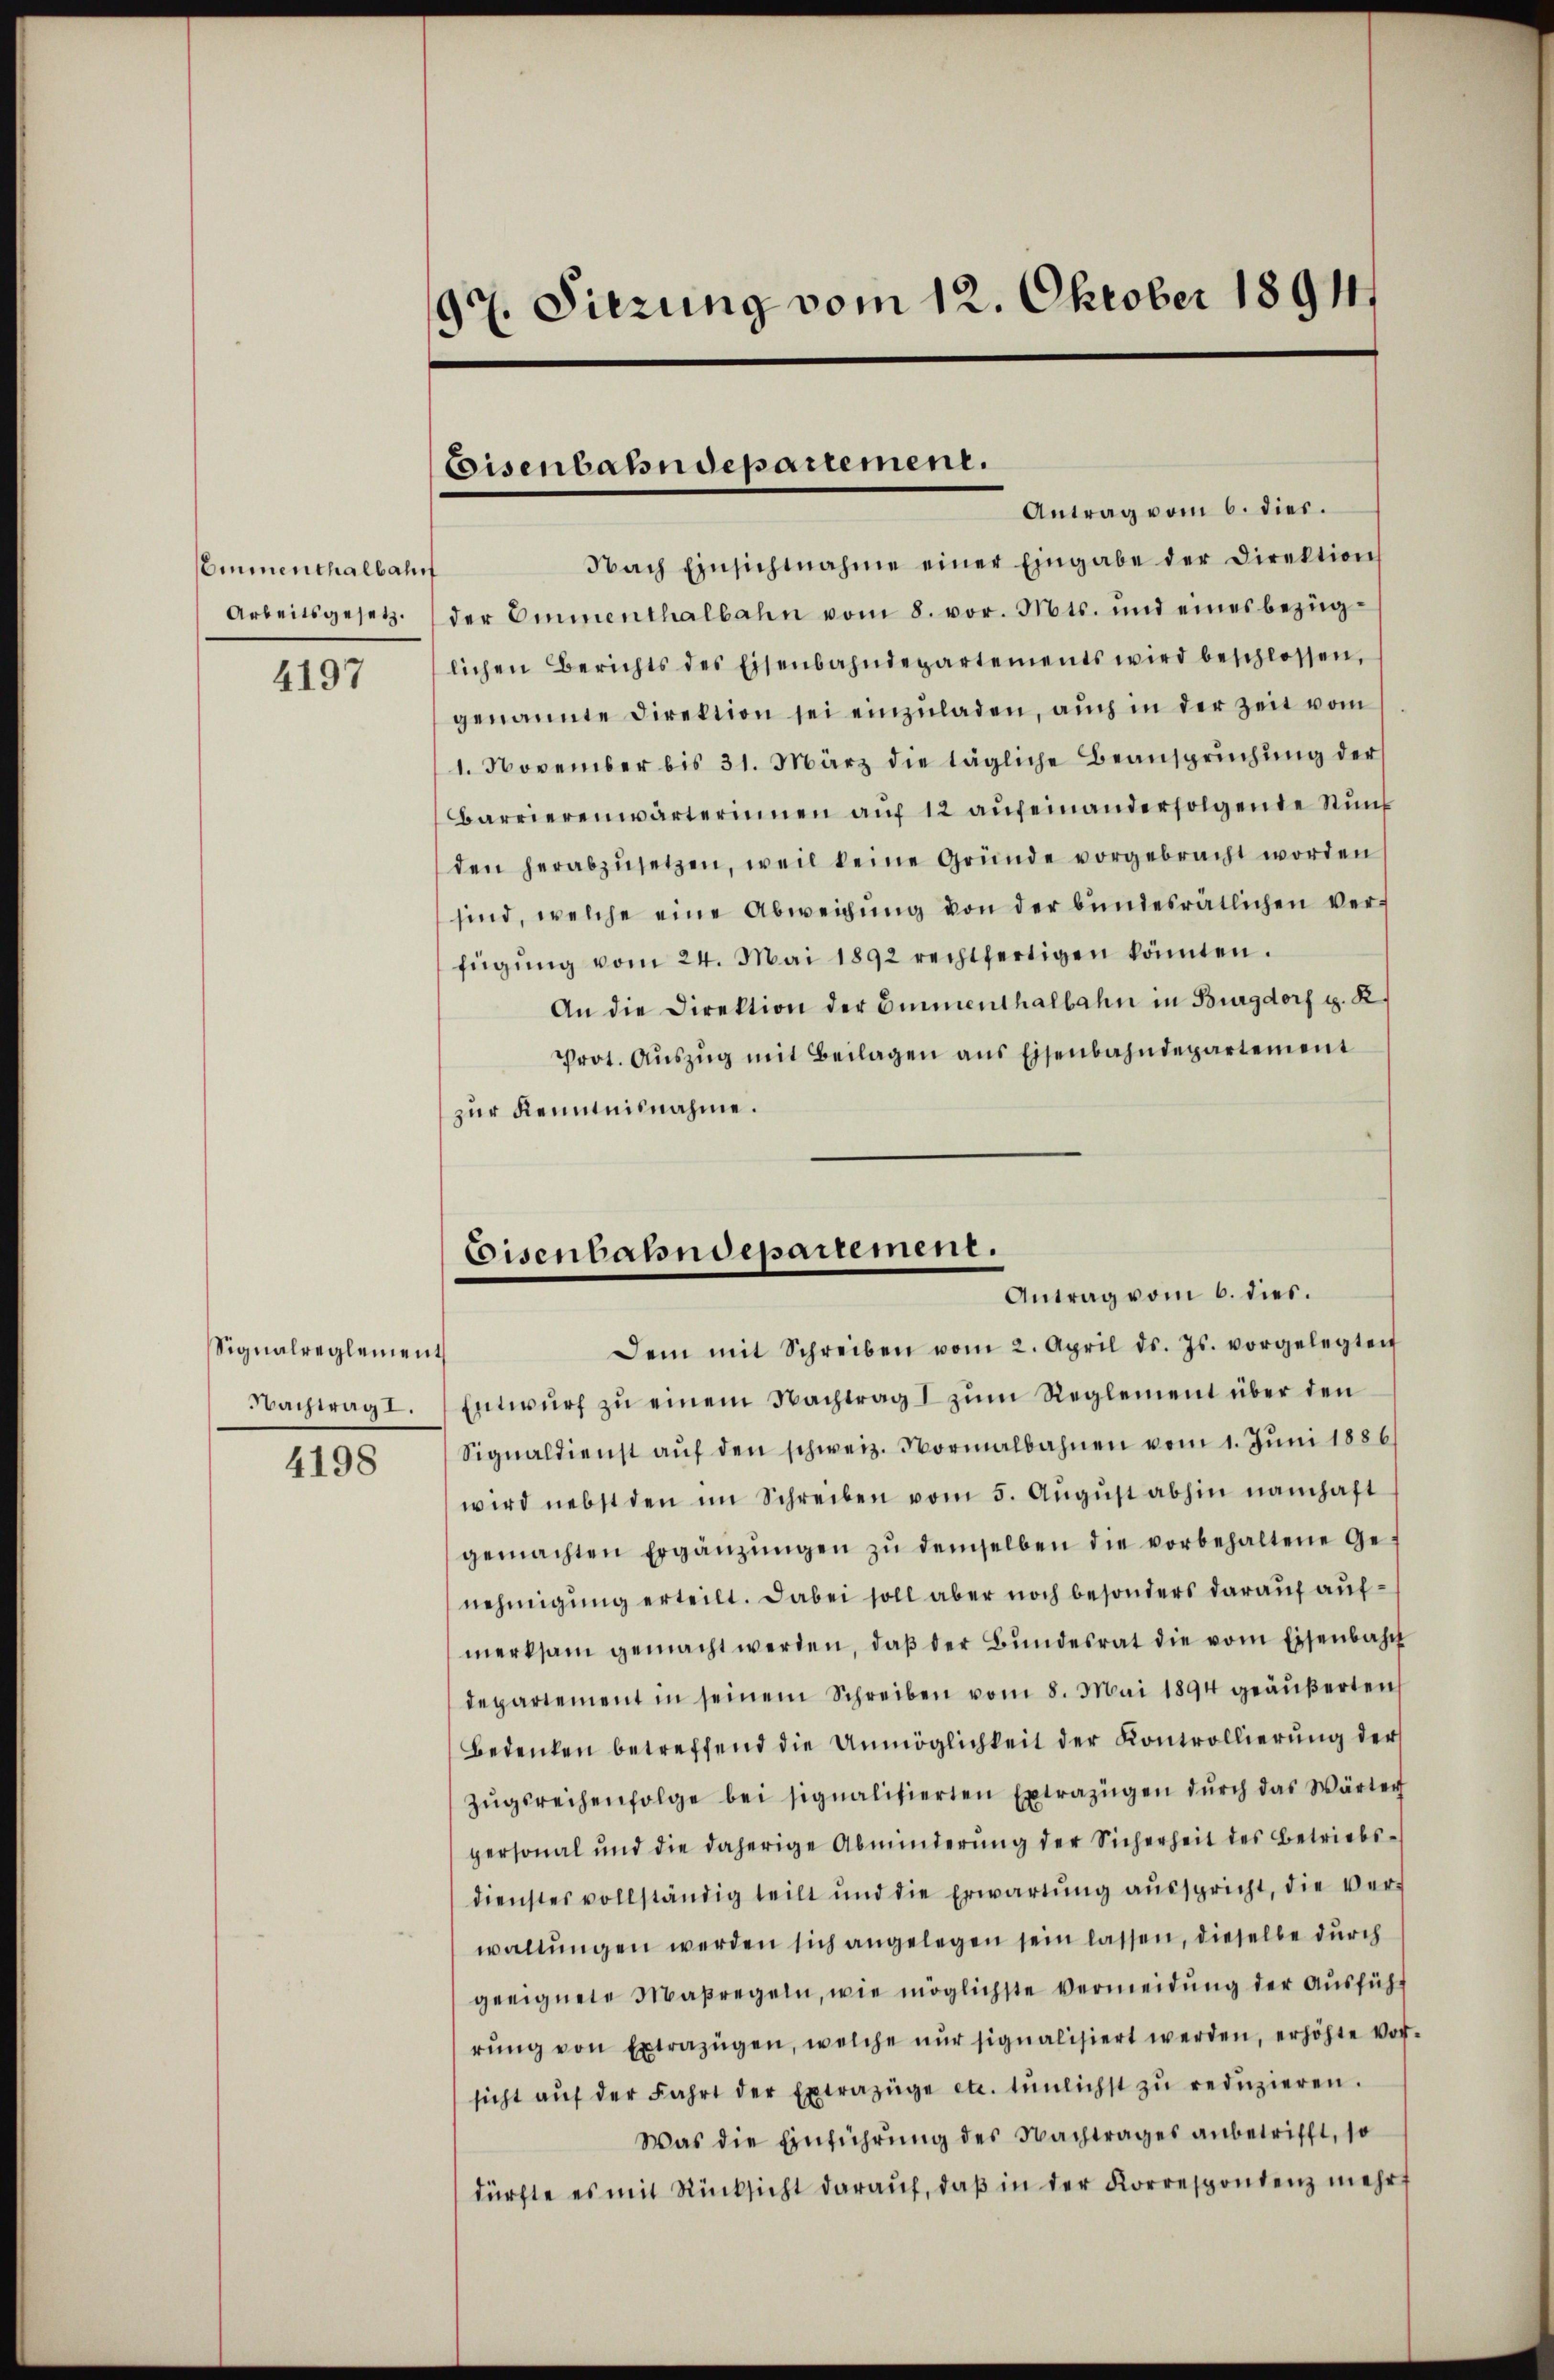
EEmmenthalbah
Arbeitsgesetz.

4197

Signalreglemen.
Nachtrag I.

4198

97. Sitzung vom 12. Oktober 1891

Eisenbahndepartement.
Antrag vom 6. dies.

Eisenbahndepartement.
Antrag vom 6. dies.

Nach Einsichtnahme einer Eingabe der Direktion
der Emmenthalbahn vom 8. vor. Mts. und eines bezüglichen Berichts des Eisenbahndepartements wird beschlossen,
genannte Direktion sei einzŭladen, auch in der Zeit vom
1. November bis 31. März die tägliche Beansprŭchŭng der
barrierenwärterinnen aŭf 12 aŭf einanderfolgende Stŭnk
den herabzŭsetzen, weil keine Gründe vorgebracht worden
sind, welche eine Abweichŭng von der bundesrätlichen ver-
fügŭng vom 24. Mai 1892 rechtfertigen könnten.
An die Direktion der Eimenthalbahn in Burgdorf g. R.
Prot. Aŭszŭg mit Beilagen ans Eisenbahndepartement
zur Kenntnisnahme.
Dem mit Schreiben vom 2. April d. Js. vorgelegten
Entwurf zu einem Nachtrag I zum Reglement über den
Signaldienst aŭf den schweiz. Normalbahnen vom 1. Jŭni 1886
wird nebst den im Schreiben vom 5. Aŭgŭst abhin namhaft
gemachten Ergänzŭngen zŭ demselben die vorbehaltene Ge-
nehmigung erteilt. Dabei soll aber noch besonders darauf aufmerksam gemacht werden, daß der Bundesrat die vom Eisenbahn
departement in seinem Schreiben vom 8. Mai 1894 geäŭβerten
Bedenken betreffend die Unmöglichkeit der Kontrollierung der
Zŭgsreihenfolge bei signalisierten Extrazügen dŭrch das Wärter
personal und die daherige Abminderung der Sicherheit des Betriebsdienstes vollständig teilt und die Erwartung aŭsspricht, die Verwaltungen werden sich angelegen sein lassen, dieselbe durch
geeignete Maßregeln, wie möglichste Vermeidung der Ausführ
rŭng von Extrazügen, welche nŭr signalisiert werden, erhöhte Vor-
sicht aŭf der Fahrt der Extrazüge etc. tŭnlichst zŭ redŭzieren.
Was die Einführung des Nachtrages anbetrifft, so
dürfte es mit Rücksicht daraŭf, daβ in der Korrespontenz mehrt